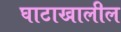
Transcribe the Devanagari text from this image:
घाटाखालील